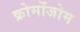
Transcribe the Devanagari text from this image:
क्रोमोंजोम